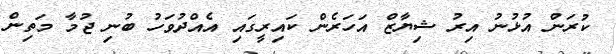
ކުރަން އުޅުނު އިރު ޝިޔާޒް އަހަރެން ކައިރީގައި އެއްދުވަހު ބުނި ޖުމާ މަތިން